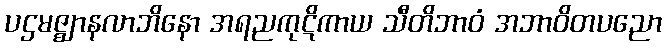
ပဌမဇ္ဈာနလာဘိနော အရညကုဋိကာယ သီတိဘာဝံ အဘာဝိတပညော